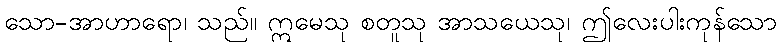
သော-အာဟာရော၊ သည်။ ဣမေသု စတူသု အာသယေသု၊ ဤလေးပါးကုန်သော